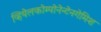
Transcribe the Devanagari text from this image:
व्हियेलकोम्पोनेन्टेनगेमिश